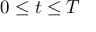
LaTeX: \; 0 \leq t \leq T